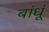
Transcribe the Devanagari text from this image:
बांधूं